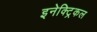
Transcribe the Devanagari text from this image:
इनेक्‍ट्रिकल